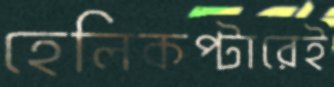
হেলিকপ্টারেই